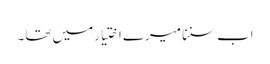
اب سننا میرے اختیار میں تھا۔